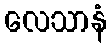
လေသာနံ